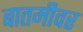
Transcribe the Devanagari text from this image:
बातमीवर